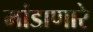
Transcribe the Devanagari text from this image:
मांडाणारे